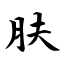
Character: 肤